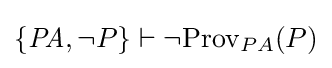
\{{\mathit {PA}},\neg P\}\vdash {\neg \mathrm {Prov} _{PA}(P)}